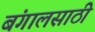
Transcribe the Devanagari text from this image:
बंगालसाठी